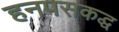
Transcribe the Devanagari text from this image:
हनपसकद्ध